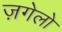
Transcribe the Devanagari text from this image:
ज़गेलो